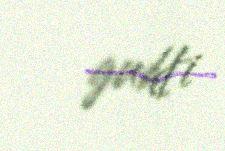
guhti